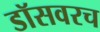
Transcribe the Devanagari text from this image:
डॉसवरच